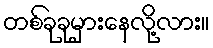
တစ်ခုခုမှားနေလို့လား။